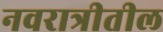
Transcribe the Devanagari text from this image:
नवरात्रीतील